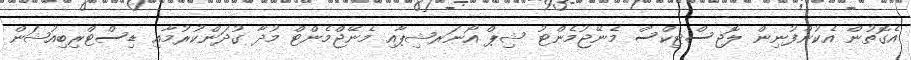
އެގޮތުން އެކުންފުނިން ލޮޖިސްޓިކްސް މެނޭޖުމެންޓު ޝިޕް އޯނަރޝިޕާއި މެނޭޖްމެންޓް މުދާ ގުދަންކުރުމާއި ޑިސްޓްރިބިއުޝަން